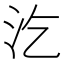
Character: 汔